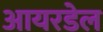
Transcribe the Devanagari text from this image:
आयरडेल